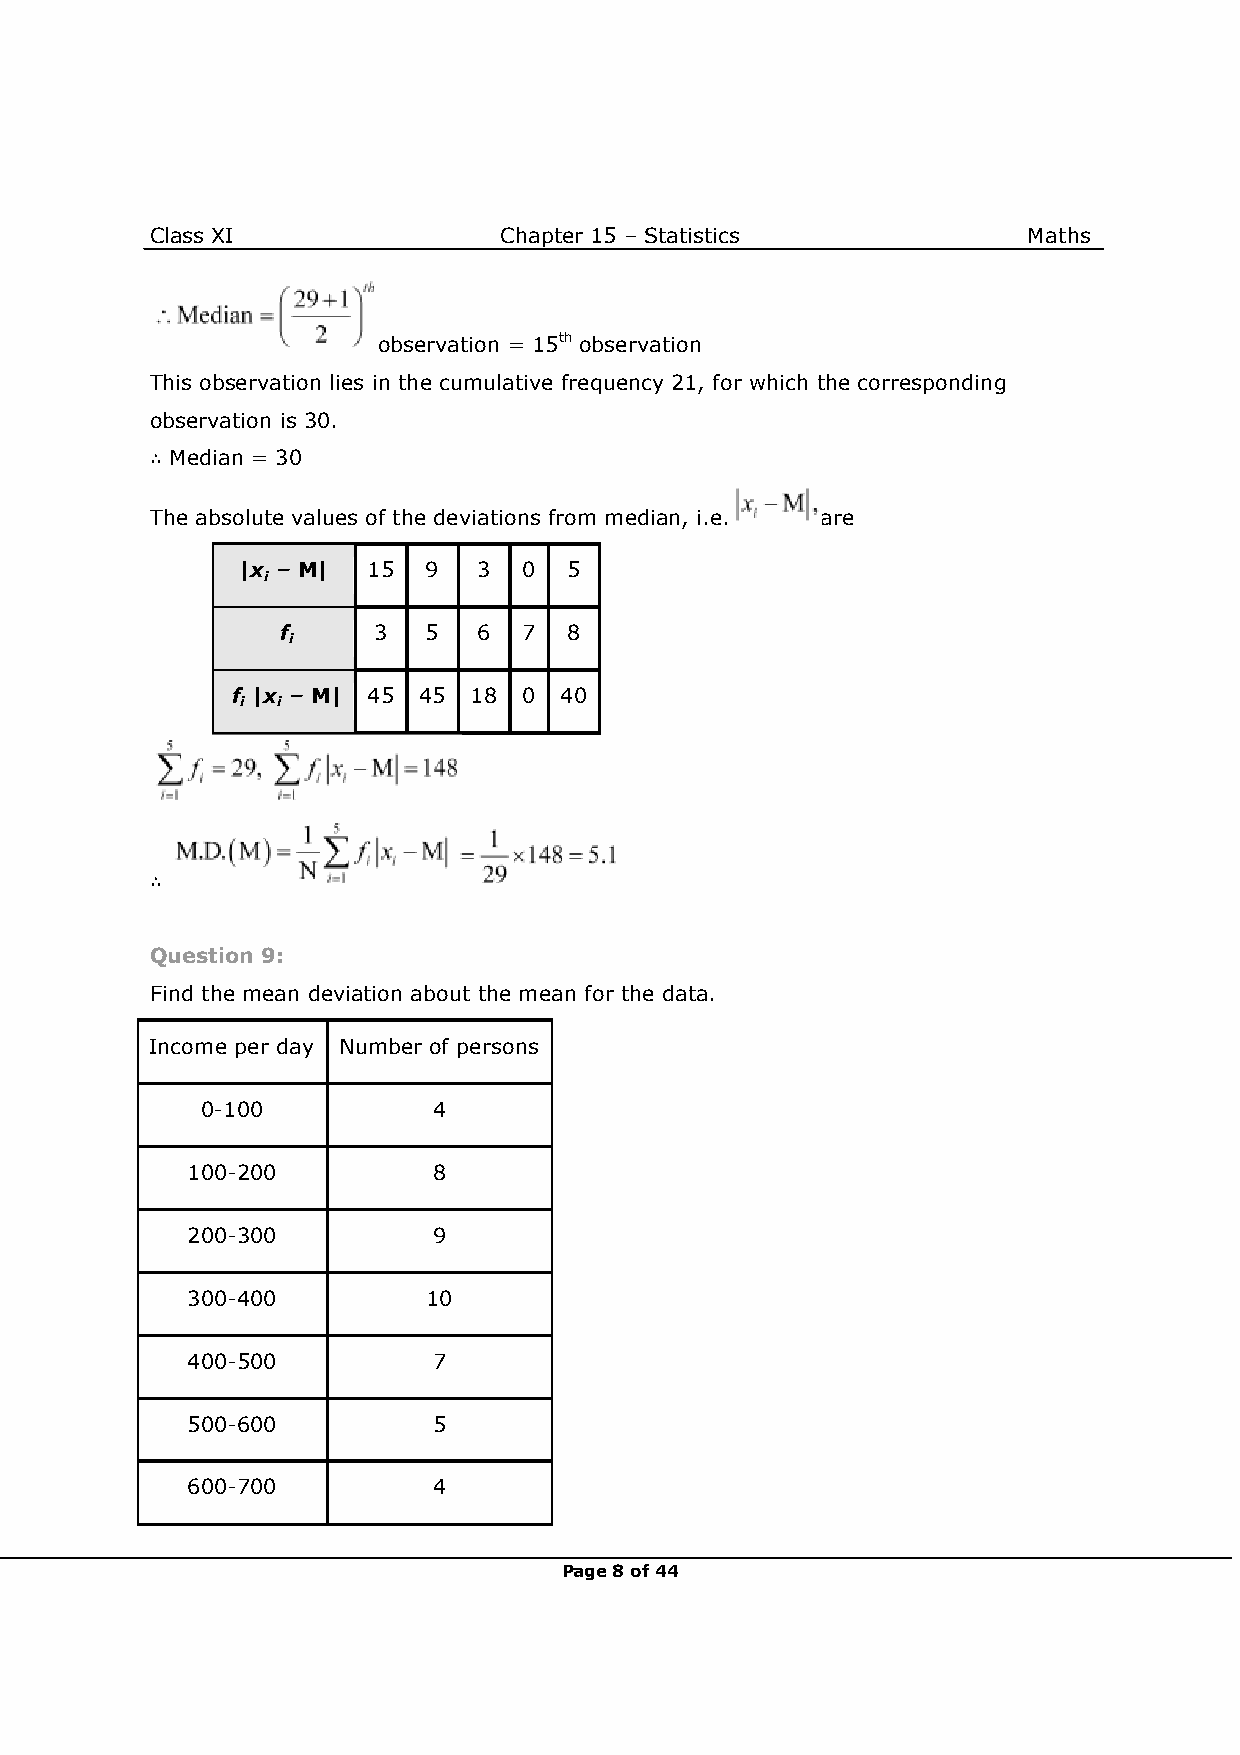
Class XI               Chapter 15 – Statistics            Maths
 observation = 15th observation
 This observation lies in the cumulative frequency 21, for which the corresponding
 observation is 30.
 ∴ Median = 30
 The absolute values of the deviations from median, i.e. are
 |x – M| 15  9   3  0  5
 i
 f     3  5   6  7  8
 i
 f |x – M| 45 45 18  0 40
 i i
 ∴
 Question 9:
 Find the mean deviation about the mean for the data.
 Income per day Number of persons
 0-100           4
 100-200          8
 200-300          9
 300-400         10
 400-500          7
 500-600          5
 600-700          4
 Page 8 of 44